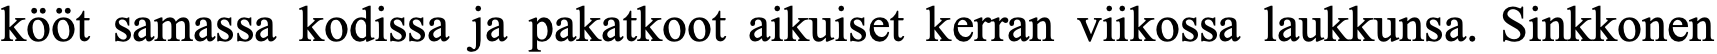
kööt samassa kodissa ja pakatkoot aikuiset kerran viikossa laukkunsa. Sinkkonen